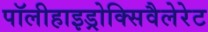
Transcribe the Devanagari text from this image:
पॉलीहाइड्रोक्सिवैलेरेट